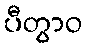
ပီတွာဝ